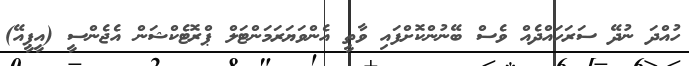
ހުއްދަ ނުދޭ ސަރަހައްދެއް ވެސް ބޭނުންކޮށްފައި ވާތީ އެންވަޔަރަމަންޓަލް ޕްރޮޓެކްޝަން އެޖެންސީ (އީޕީއޭ)